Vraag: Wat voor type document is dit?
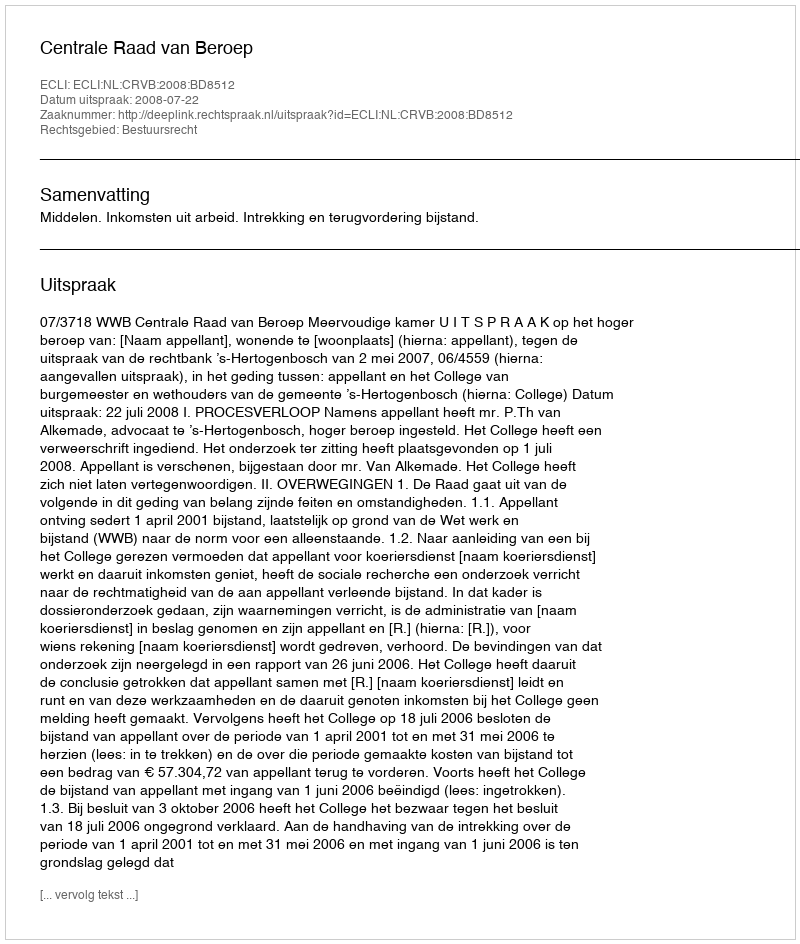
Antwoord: Uitspraak